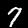
Digit: 7